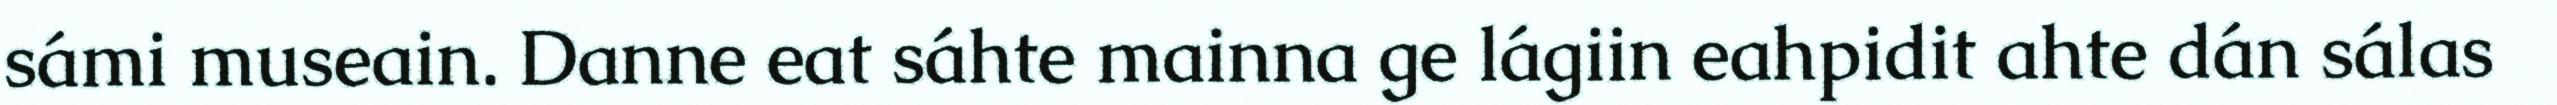
sámi museain. Danne eat sáhte mainna ge lágiin eahpidit ahte dán sálas